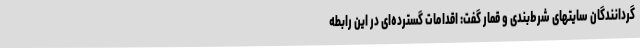
گردانندگان سایتهای شرط‌بندی و قمار گفت: اقدامات گسترده‌ای در این رابطه